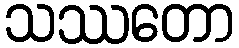
သဿတော